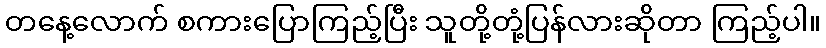
တနေ့လောက် စကားပြောကြည့်ပြီး သူတို့တုံ့ပြန်လားဆိုတာ ကြည့်ပါ။